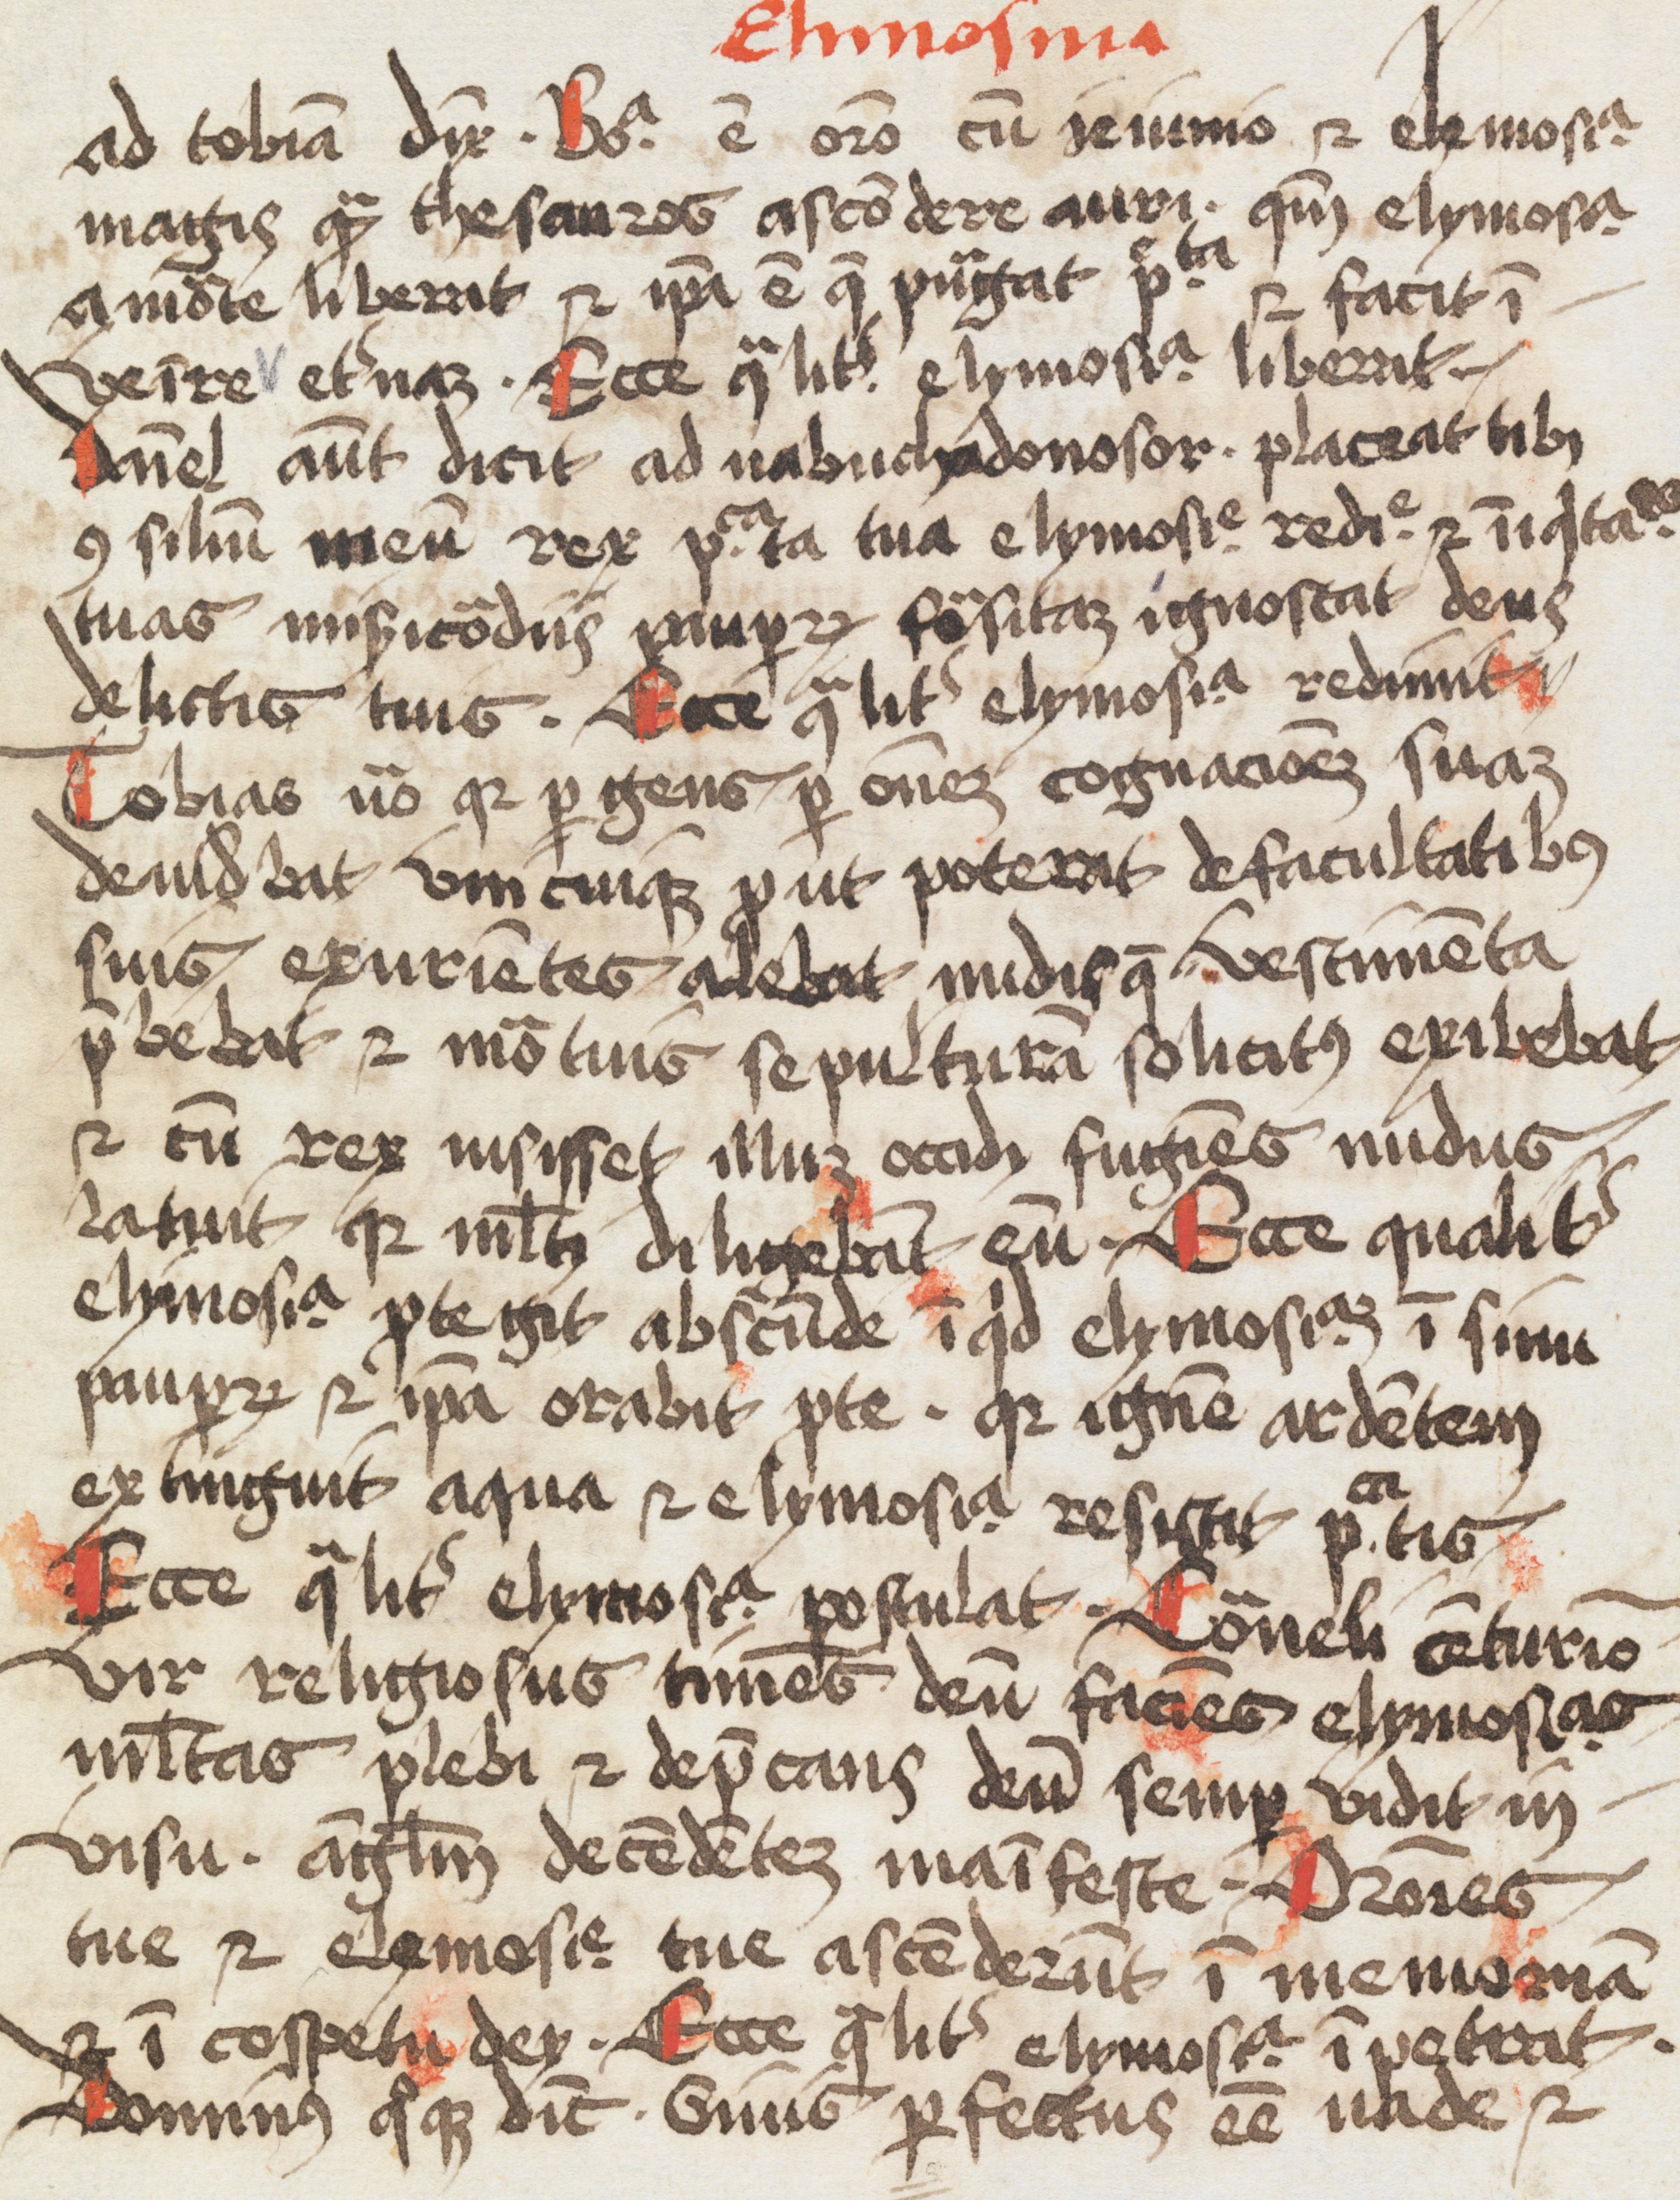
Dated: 1500–1599